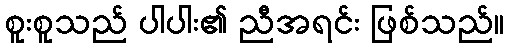
စူးစူသည် ပါပါး၏ ညီအရင်း ဖြစ်သည်။